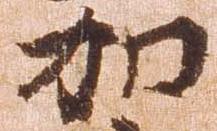
加